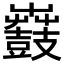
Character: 𪔫